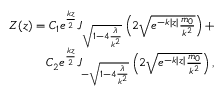
\begin{array} { r } { Z ( z ) = C _ { 1 } e ^ { \frac { k z } { 2 } } J _ { \sqrt { 1 - 4 \frac { \lambda } { k ^ { 2 } } } } \left( 2 \sqrt { e ^ { - k | z | } \frac { { m _ { 0 } } } { k ^ { 2 } } } \right) + } \\ { C _ { 2 } e ^ { \frac { k z } { 2 } } J _ { - \sqrt { 1 - 4 \frac { \lambda } { k ^ { 2 } } } } \left( 2 \sqrt { e ^ { - k | z | } \frac { { m _ { 0 } } } { k ^ { 2 } } } \right) , } \end{array}